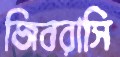
জিবরাসি